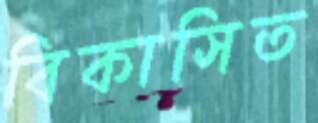
বিকাসিত